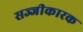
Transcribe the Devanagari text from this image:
सज्जीकारक